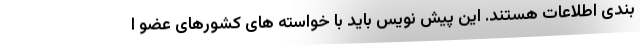
بندی اطلاعات هستند. این پیش نویس باید با خواسته های کشورهای عضو ا